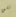
تلق